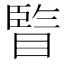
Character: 𥊇